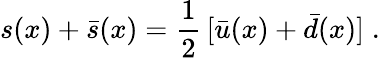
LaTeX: s(x)+\bar{s}(x)=\frac{1}{2}\, [\bar{u}(x)+\bar{d}(x)]\; .